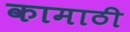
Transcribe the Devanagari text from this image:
कामाठी